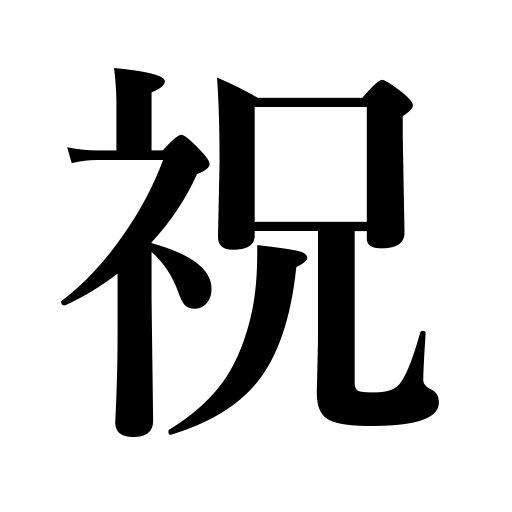
Meanings: ,celebration,festival,congratulations